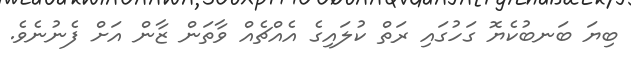
ބިޔަ ބަނބުކެޔޮ ގަހުގައި ރަތް ކުލައިގެ އެއްޗެއް ވާތަން ޒާން އަށް ފެނުނެވެ.